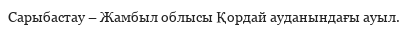
Сарыбастау – Жамбыл облысы Қордай ауданындағы ауыл.